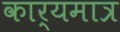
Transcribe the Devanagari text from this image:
कार्यमात्र